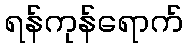
ရန်ကုန်ရောက်